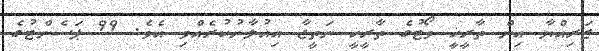
ޒަރިއްޔާ އިން ތާރީޚީ ވޯޓުގެ ތާރީޚީ ނަތީޖާ އިއުލާނުކުރެއްވި އެވެ. 99 ޕަސެންޓުގެ